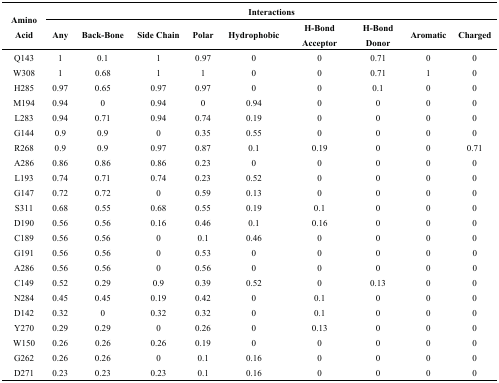
<table><thead><tr><td rowspan="2"><b>Amino Acid</b></td><td colspan="9"><b>Interactions</b></td></tr><tr><td><b>Any</b></td><td><b>Back-Bone</b></td><td><b>Side Chain</b></td><td><b>Polar</b></td><td><b>Hydrophobic</b></td><td><b>H-Bond Acceptor</b></td><td><b>H-Bond Donor</b></td><td><b>Aromatic</b></td><td><b>Charged</b></td></tr></thead><tbody><tr><td>Q143</td><td>1</td><td>0.1</td><td>1</td><td>0.97</td><td>0</td><td>0</td><td>0.71</td><td>0</td><td>0</td></tr><tr><td>W308</td><td>1</td><td>0.68</td><td>1</td><td>1</td><td>0</td><td>0</td><td>0.71</td><td>1</td><td>0</td></tr><tr><td>H285</td><td>0.97</td><td>0.65</td><td>0.97</td><td>0.97</td><td>0</td><td>0</td><td>0.1</td><td>0</td><td>0</td></tr><tr><td>M194</td><td>0.94</td><td>0</td><td>0.94</td><td>0</td><td>0.94</td><td>0</td><td>0</td><td>0</td><td>0</td></tr><tr><td>L283</td><td>0.94</td><td>0.71</td><td>0.94</td><td>0.74</td><td>0.19</td><td>0</td><td>0</td><td>0</td><td>0</td></tr><tr><td>G144</td><td>0.9</td><td>0.9</td><td>0</td><td>0.35</td><td>0.55</td><td>0</td><td>0</td><td>0</td><td>0</td></tr><tr><td>R268</td><td>0.9</td><td>0.9</td><td>0.97</td><td>0.87</td><td>0.1</td><td>0.19</td><td>0</td><td>0</td><td>0.71</td></tr><tr><td>A286</td><td>0.86</td><td>0.86</td><td>0.86</td><td>0.23</td><td>0</td><td>0</td><td>0</td><td>0</td><td>0</td></tr><tr><td>L193</td><td>0.74</td><td>0.71</td><td>0.74</td><td>0.23</td><td>0.52</td><td>0</td><td>0</td><td>0</td><td>0</td></tr><tr><td>G147</td><td>0.72</td><td>0.72</td><td>0</td><td>0.59</td><td>0.13</td><td>0</td><td>0</td><td>0</td><td>0</td></tr><tr><td>S311</td><td>0.68</td><td>0.55</td><td>0.68</td><td>0.55</td><td>0.19</td><td>0.1</td><td>0</td><td>0</td><td>0</td></tr><tr><td>D190</td><td>0.56</td><td>0.56</td><td>0.16</td><td>0.46</td><td>0.1</td><td>0.16</td><td>0</td><td>0</td><td>0</td></tr><tr><td>C189</td><td>0.56</td><td>0.56</td><td>0</td><td>0.1</td><td>0.46</td><td>0</td><td>0</td><td>0</td><td>0</td></tr><tr><td>G191</td><td>0.56</td><td>0.56</td><td>0</td><td>0.53</td><td>0</td><td>0</td><td>0</td><td>0</td><td>0</td></tr><tr><td>A286</td><td>0.56</td><td>0.56</td><td>0</td><td>0.56</td><td>0</td><td>0</td><td>0</td><td>0</td><td>0</td></tr><tr><td>C149</td><td>0.52</td><td>0.29</td><td>0.9</td><td>0.39</td><td>0.52</td><td>0</td><td>0.13</td><td>0</td><td>0</td></tr><tr><td>N284</td><td>0.45</td><td>0.45</td><td>0.19</td><td>0.42</td><td>0</td><td>0.1</td><td>0</td><td>0</td><td>0</td></tr><tr><td>D142</td><td>0.32</td><td>0</td><td>0.32</td><td>0.32</td><td>0</td><td>0.1</td><td>0</td><td>0</td><td>0</td></tr><tr><td>Y270</td><td>0.29</td><td>0.29</td><td>0</td><td>0.26</td><td>0</td><td>0.13</td><td>0</td><td>0</td><td>0</td></tr><tr><td>W150</td><td>0.26</td><td>0.26</td><td>0.26</td><td>0.19</td><td>0</td><td>0</td><td>0</td><td>0</td><td>0</td></tr><tr><td>G262</td><td>0.26</td><td>0.26</td><td>0</td><td>0.1</td><td>0.16</td><td>0</td><td>0</td><td>0</td><td>0</td></tr><tr><td>D271</td><td>0.23</td><td>0.23</td><td>0.23</td><td>0.1</td><td>0.16</td><td>0</td><td>0</td><td>0</td><td>0</td></tr></tbody></table>